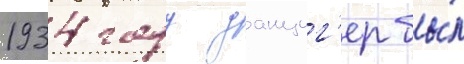
1934 году данциг'ер бы́л